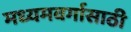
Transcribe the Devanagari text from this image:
मध्यमवर्गासाठी